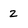
Character: 2